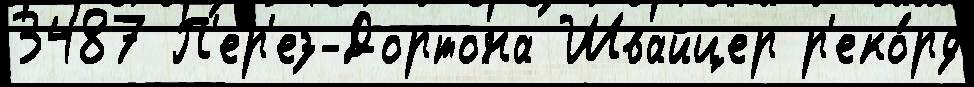
3487 П'ер'ез-Дортона Швайцер р'еко́рд